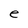
Character: e